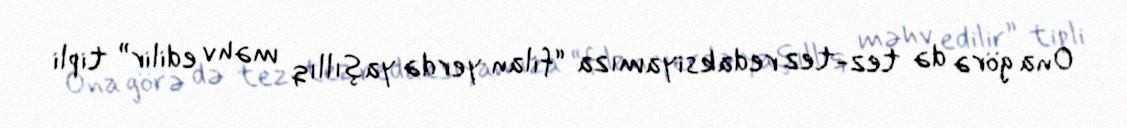
Ona görə də tez-tez redaksiyamıza “filan yerdə yaşıllıq məhv edilir” tipli